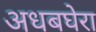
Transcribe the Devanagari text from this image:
अधबघेरा